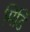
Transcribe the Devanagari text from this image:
मिडि